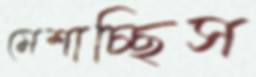
মেশাচ্ছিস